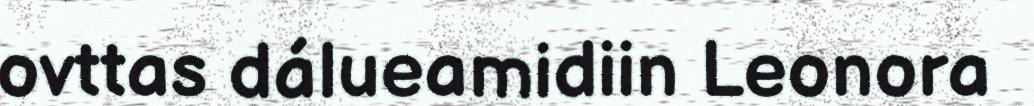
ovttas dálueamidiin Leonora